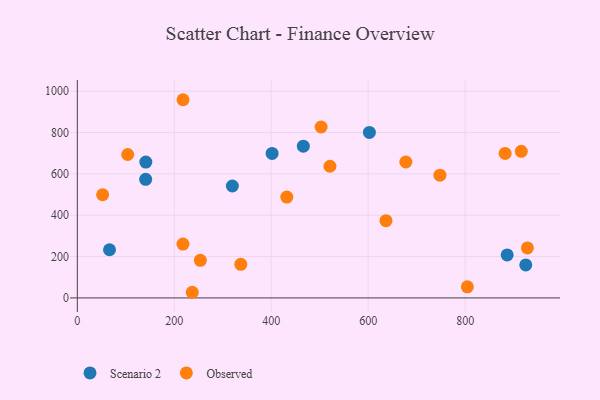
{"axis": {"x": "Investment", "y": "Salary"}, "legend": ["Observed", "Scenario 2"], "data": [{"x": "466.2", "y": 733.8, "type": "Scenario 2"}, {"x": "602.5", "y": 800.6, "type": "Scenario 2"}, {"x": "319.8", "y": 541.3, "type": "Scenario 2"}, {"x": "66.4", "y": 233.1, "type": "Scenario 2"}, {"x": "141.3", "y": 656.9, "type": "Scenario 2"}, {"x": "886.7", "y": 207.8, "type": "Scenario 2"}, {"x": "925.1", "y": 159.4, "type": "Scenario 2"}, {"x": "401.8", "y": 699.1, "type": "Scenario 2"}, {"x": "141.0", "y": 573.5, "type": "Scenario 2"}, {"x": "52.2", "y": 498.9, "type": "Observed"}, {"x": "237.1", "y": 27.3, "type": "Observed"}, {"x": "804.6", "y": 53.6, "type": "Observed"}, {"x": "432.1", "y": 487.9, "type": "Observed"}, {"x": "502.9", "y": 826.7, "type": "Observed"}, {"x": "218.0", "y": 958.6, "type": "Observed"}, {"x": "915.8", "y": 709.0, "type": "Observed"}, {"x": "636.7", "y": 373.6, "type": "Observed"}, {"x": "103.9", "y": 693.7, "type": "Observed"}, {"x": "928.4", "y": 241.8, "type": "Observed"}, {"x": "217.9", "y": 260.4, "type": "Observed"}, {"x": "253.8", "y": 181.8, "type": "Observed"}, {"x": "882.5", "y": 699.0, "type": "Observed"}, {"x": "748.0", "y": 593.5, "type": "Observed"}, {"x": "337.2", "y": 162.6, "type": "Observed"}, {"x": "521.1", "y": 636.8, "type": "Observed"}, {"x": "677.7", "y": 657.4, "type": "Observed"}]}